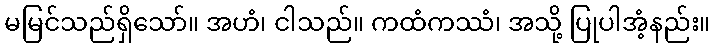
မမြင်သည်ရှိသော်။ အဟံ၊ ငါသည်။ ကထံကဿံ၊ အသို့ ပြုပါအံ့နည်း။